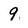
Character: 9